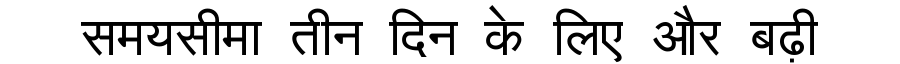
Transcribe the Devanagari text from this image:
समयसीमा तीन दिन के लिए और बढ़ी